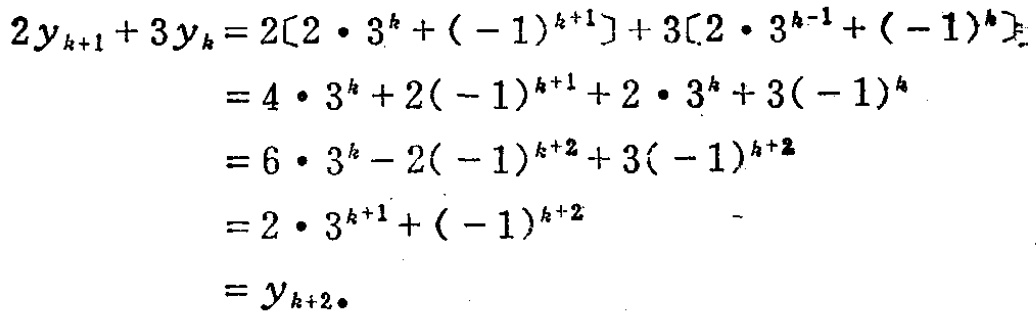
\[
\begin{align*}
2y_{k + 1}+3y_{k}&=2\left[2\cdot3^{k}+(-1)^{k + 1}\right]+3\left[2\cdot3^{k-1}+(-1)^{k}\right]\\
&=4\cdot3^{k}+2(-1)^{k + 1}+2\cdot3^{k}+3(-1)^{k}\\
&=6\cdot3^{k}-2(-1)^{k + 2}+3(-1)^{k + 2}\\
&=2\cdot3^{k + 1}+(-1)^{k + 2}\\
&=y_{k + 2}
\end{align*}
\]